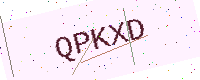
Text: QPKXD